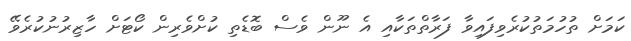
ކަމަށް ތުހުމަތުކުރެވިފައިވާ ފަރާތްތަކާއި އެ ނޫން ވެސް ބޮޑެތި ކުށްވެރިން ކޯޓަށް ހާޒިރުނުކުރެވޭ